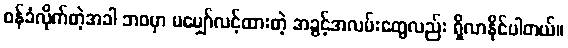
ဝန်ခံလိုက်တဲ့အခါ ဘဝမှာ မမျှော်လင့်ထားတဲ့ အခွင့်အလမ်းတွေလည်း ရှိလာနိုင်ပါတယ်။